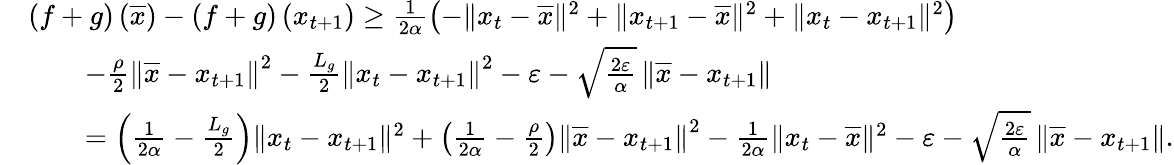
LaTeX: \begin{array}{rl}&{\left(f+g\right)\left(\overline{{x}}\right)-\left(f+g\right)\left(x_{t+1}\right)\geq\frac{1}{2\alpha}\left(-\| x_{t}-\overline{{x}}\| ^{2}+\| x_{t+1}-\overline{{x}}\| ^{2}+\| x_{t}-x_{t+1}\| ^{2}\right)}\\ &{\qquad-\frac{\rho}{2}\left\Vert\overline{{x}}-x_{t+1}\right\Vert^{2}-\frac{L_{g}}{2}\left\Vert x_{t}-x_{t+1}\right\Vert^{2}-\varepsilon-\sqrt{\frac{2\varepsilon}{\alpha}}\left\Vert\overline{{x}}-x_{t+1}\right\Vert}\\ &{\qquad=\left(\frac{1}{2\alpha}-\frac{L_{g}}{2}\right)\| x_{t}-x_{t+1}\| ^{2}+\left(\frac{1}{2\alpha}-\frac{\rho}{2}\right)\left\Vert\overline{{x}}-x_{t+1}\right\Vert^{2}-\frac{1}{2\alpha}\| x_{t}-\overline{{x}}\| ^{2}-\varepsilon-\sqrt{\frac{2\varepsilon}{\alpha}}\left\Vert\overline{{x}}-x_{t+1}\right\Vert.}\end{array}